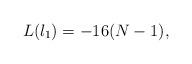
LaTeX: \begin{align*}L(\l_1)=-16(N-1),\end{align*}